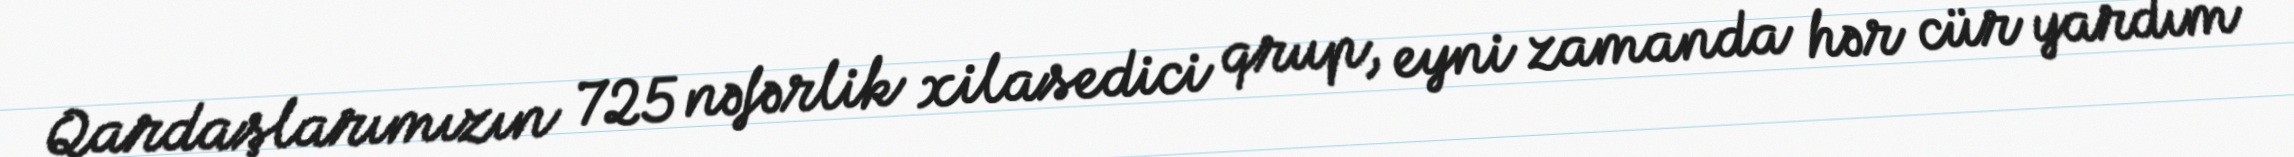
Qardaşlarımızın 725 nəfərlik xilasedici qrup, eyni zamanda hər cür yardım